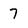
Character: 7